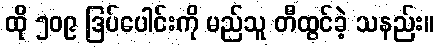
ထို ၅၀၉ ဒြပ်ပေါင်းကို မည်သူ တီထွင်ခဲ့ သနည်း။